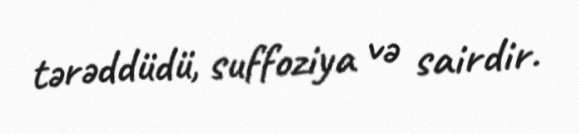
tərəddüdü, suffoziya və sairdir.